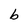
Character: b